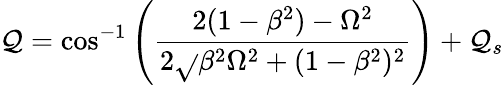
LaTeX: \mathcal{Q}=\cos^{-1}\left(\frac{{2(1-\beta^{2})-\Omega^{2}}}{{2\sqrt{}{{\beta^{2}\Omega^{2}+(1-\beta^{2})^{2}}}}}\right)+\mathcal{Q}_{s}